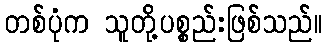
တစ်ပုံက သူတို့ပစ္စည်းဖြစ်သည်။